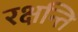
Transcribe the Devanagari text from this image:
रक्षन्ति